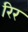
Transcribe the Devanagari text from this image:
रिर